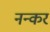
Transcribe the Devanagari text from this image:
नन्कर